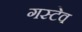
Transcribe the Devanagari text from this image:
गस्टेव